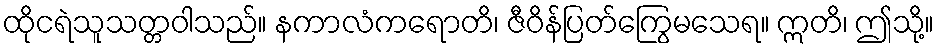
ထိုငရဲသူသတ္တဝါသည်။ နကာလံကရောတိ၊ ဇီဝိန်ပြတ်ကြွေမသေရ။ ဣတိ၊ ဤသို့။